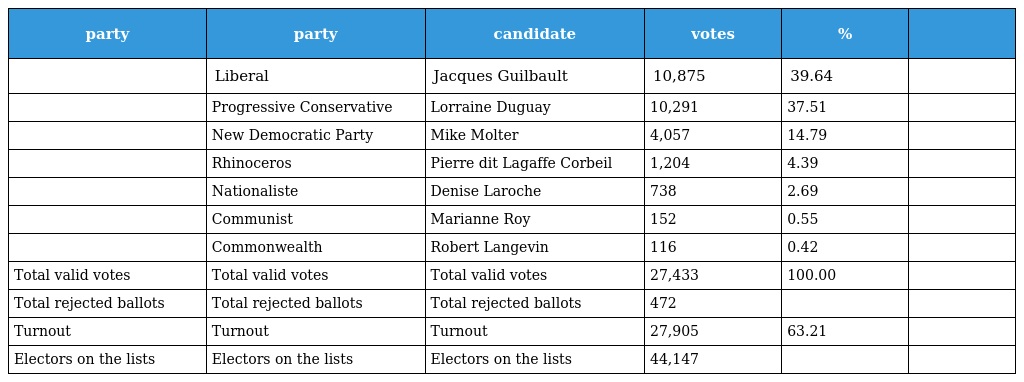
| party | party | candidate | votes | % |  |
 | --- | --- | --- | --- | --- | --- |
 |  | Liberal | Jacques Guilbault | 10,875 | 39.64 |  |
 |  | Progressive Conservative | Lorraine Duguay | 10,291 | 37.51 |  |
 |  | New Democratic Party | Mike Molter | 4,057 | 14.79 |  |
 |  | Rhinoceros | Pierre dit Lagaffe Corbeil | 1,204 | 4.39 |  |
 |  | Nationaliste | Denise Laroche | 738 | 2.69 |  |
 |  | Communist | Marianne Roy | 152 | 0.55 |  |
 |  | Commonwealth | Robert Langevin | 116 | 0.42 |  |
 | Total valid votes | Total valid votes | Total valid votes | 27,433 | 100.00 |  |
 | Total rejected ballots | Total rejected ballots | Total rejected ballots | 472 |  |  |
 | Turnout | Turnout | Turnout | 27,905 | 63.21 |  |
 | Electors on the lists | Electors on the lists | Electors on the lists | 44,147 |  |  |